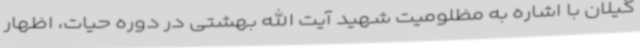
گیلان با اشاره به مظلومیت شهید آیت الله بهشتی در دوره حیات، اظهار